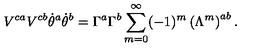
V ^ { c a } V ^ { c b } \dot { \theta } ^ { a } \dot { \theta } ^ { b } = \Gamma ^ { a } \Gamma ^ { b } \sum _ { m = 0 } ^ { \infty } ( - 1 ) ^ { m } \left( \Lambda ^ { m } \right) ^ { a b } .